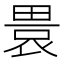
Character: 𤲡